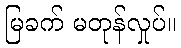
မြခက် မတုန်လှုပ်။